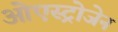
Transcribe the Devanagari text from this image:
ओएस्ट्रोजेन